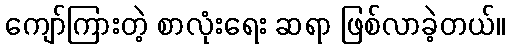
ကျော်ကြားတဲ့ စာလုံးရေး ဆရာ ဖြစ်လာခဲ့တယ်။